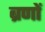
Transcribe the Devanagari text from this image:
ब्रणों